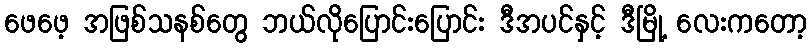
ဖေဖေ့ အဖြစ်သနစ်တွေ ဘယ်လိုပြောင်းပြောင်း ဒီအပင်နှင့် ဒီမြို့ လေးကတော့